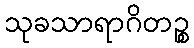
သုခသာရာဂိတဉ္စ